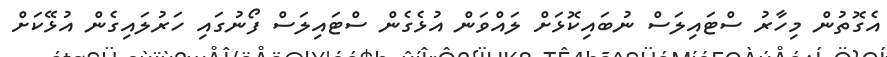
އެގޮތުން މިހާރު ސްޓައިލަސް ނުބައިކޮޅަށް ލައްވަން އުޅެގެން ސްޓައިލަސް ފޯނުގައި ހަރުލައިގެން އުޅޭކަށް